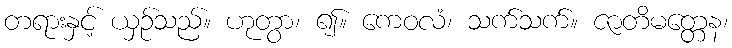
တရားနှင့် ယှဉ်သည်။ ဟုတွာ၊ ၍။ ကေဝလံ၊ သက်သက်။ ဇာတိမတ္တေန၊